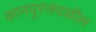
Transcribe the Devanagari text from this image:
कानपूरजवळील